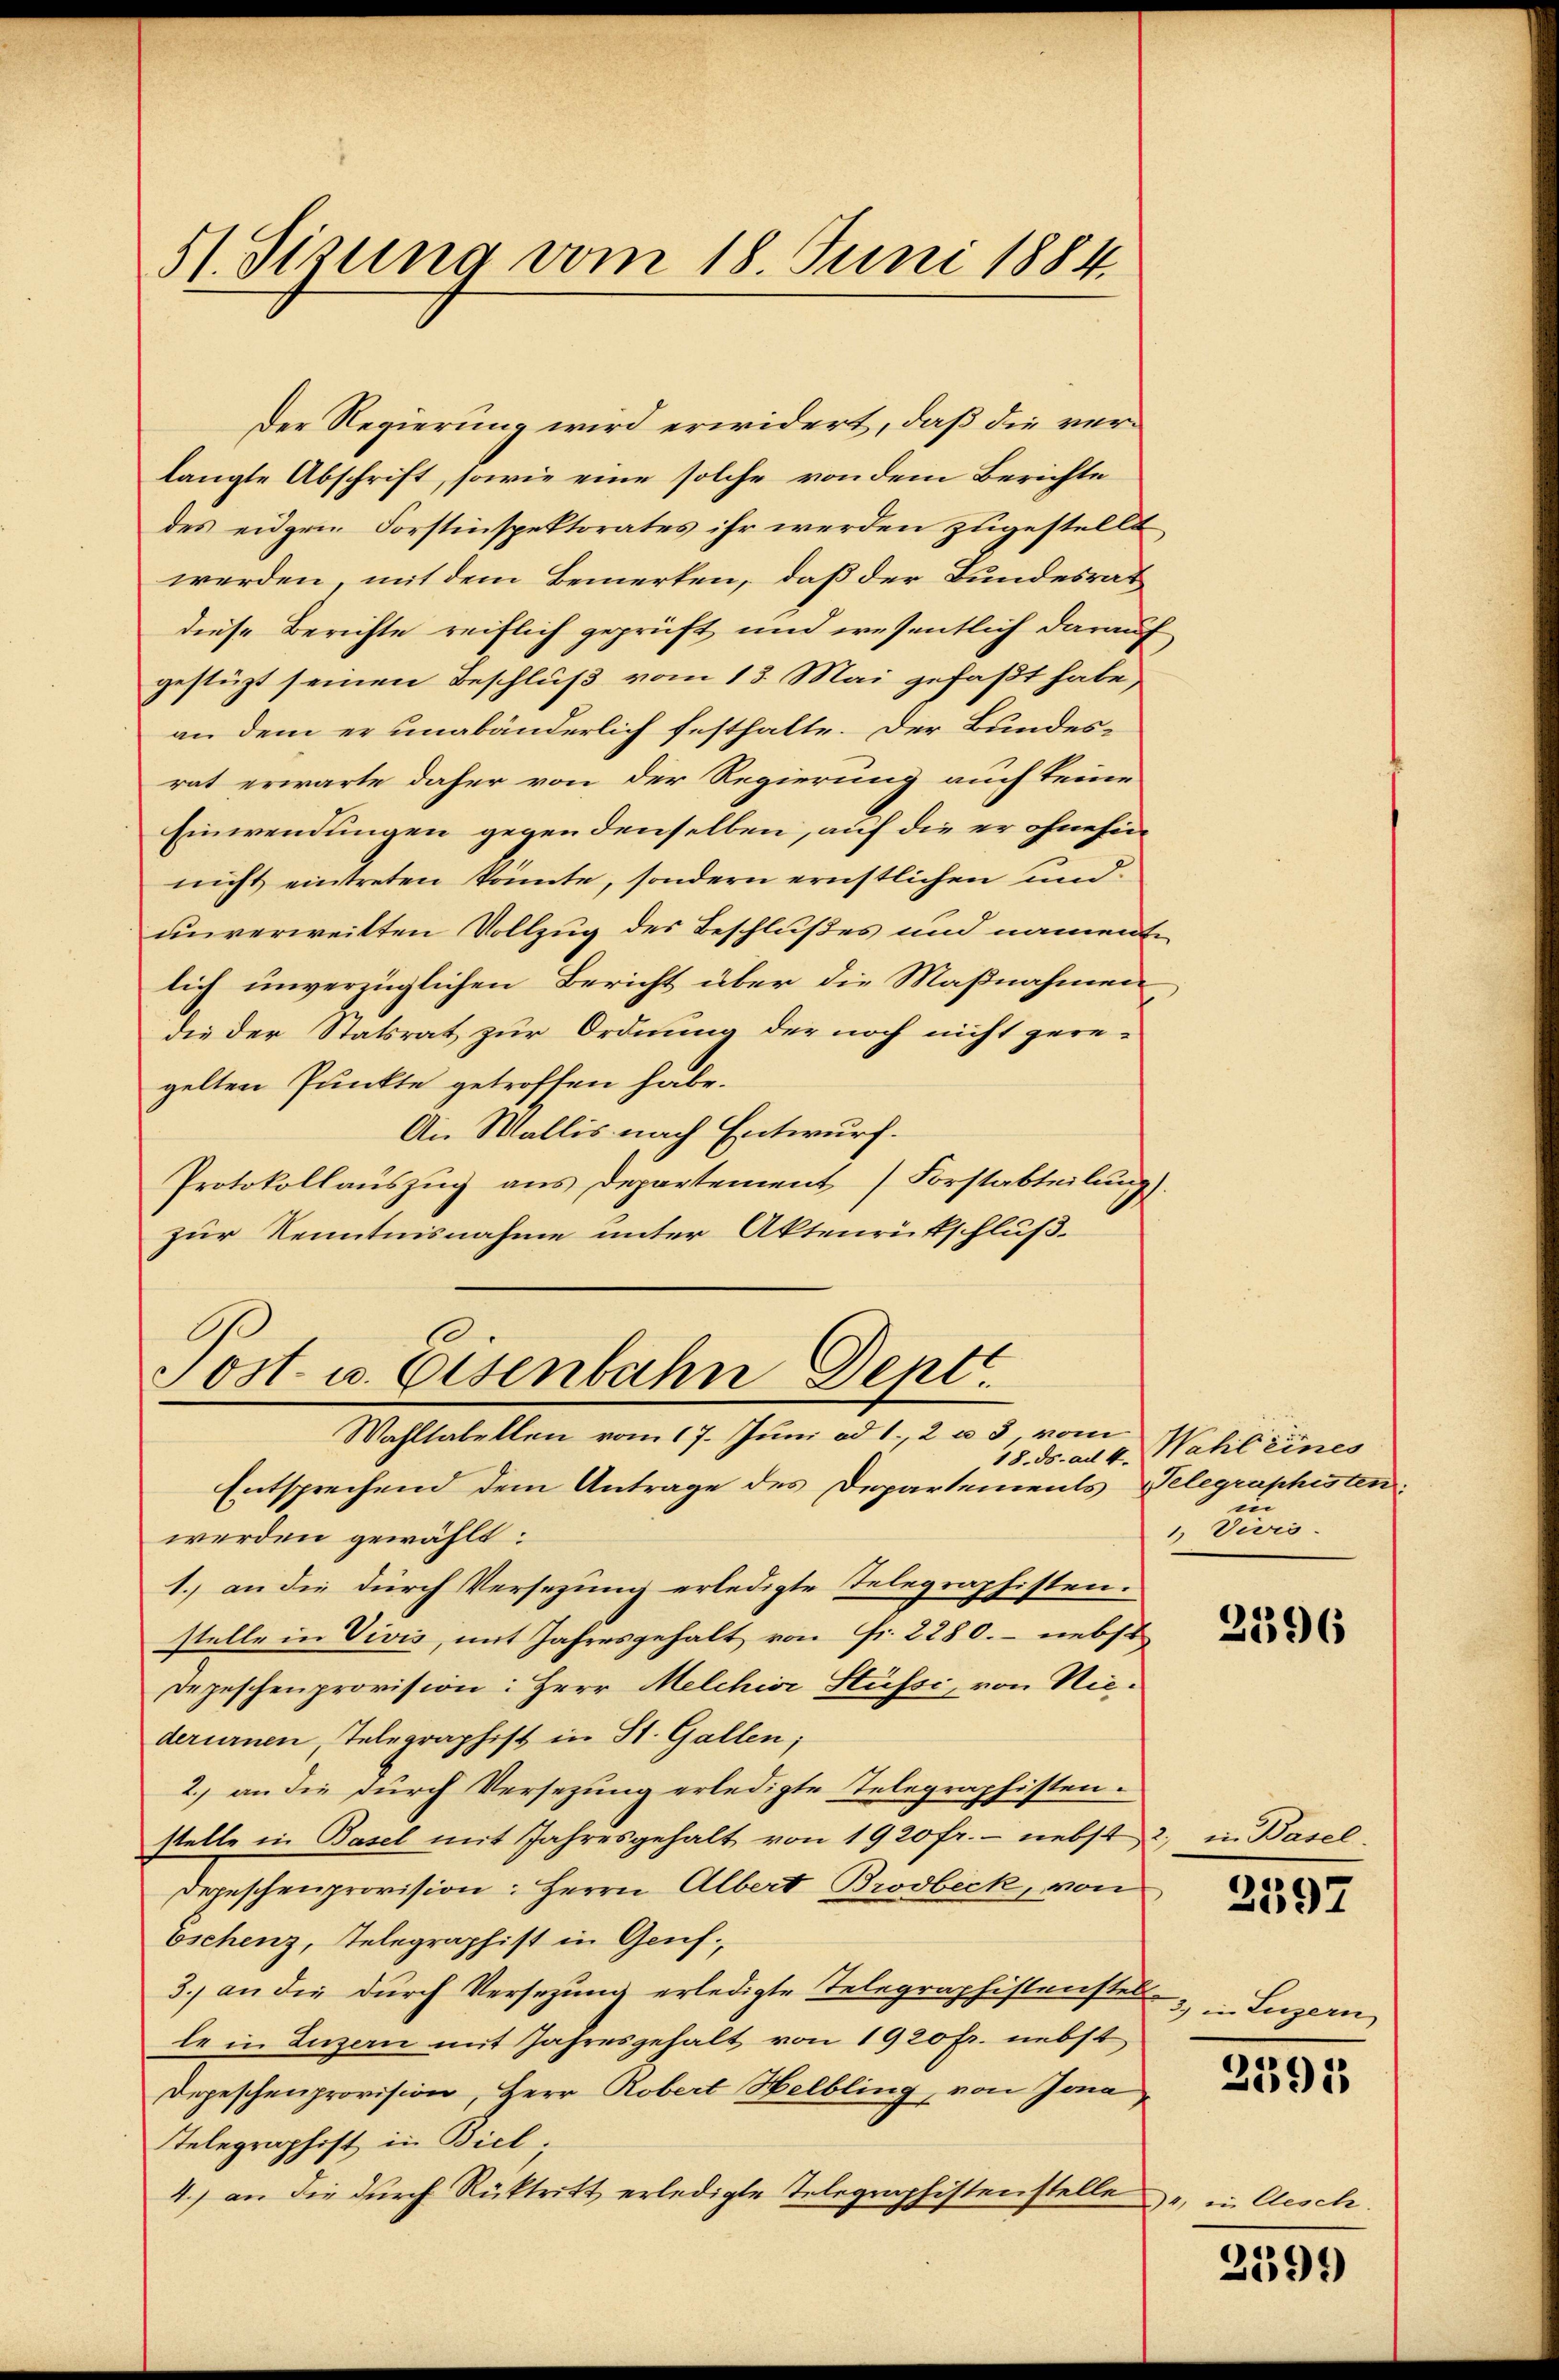
51. Sizung vom 18. Juni 1884.

Der Regierung wird erwidert, daß die verlangte Abschrift, sowie eine solche von dem Berichte
des eidgen Forstinspektorates ihr werden zugestellt
werden, mit dem Bemerken, daß der Bundesrat
diese Berichte reiflich geprüft und wesentlich darauf
gestüzt seinen Beschluß vom 13. Mai gefaßt habe,
an dem er unabänderlich festhalte. Der Bundesrat erwarte daher von der Regierung auch keine
Einwendungen gegen denselben, auf die er ohnehin
nicht eintreten könnte, sondern ernstlichen und
unverweitten Vollzug des Beschlußes und namente
lich unverzüglichen Bericht über die Maßnahmen
die der Statsrat zur Ordnung der noch nicht gere-
gelten Punkte getroffen habe.
An Wallis nach Entwurf.
Protokollauszug aus Departement Forstabteilung).
zur Kenntnisnahme unter Aktenrütschluß
.
Sost- u. Osenbahn Deptt.
Wahltabellen vom 17. Juni ad 1., 2 u 3 vom
18. ds. ad 4. Wahl eines
Entsprechend dem Antrage des Departements Telegraphisten:
werden gewählt:
1.) an die durch Versezung erledigte Telegraphisten.
stelle in Vivis, mit Jahresgehalt von Fr. 2280. - nebst
Depeschenprovision: Herr Melchini Stüfsi, von Niederurnen, Telegraphist in St. Gallen;
2.) an die durch Versezung erledigte Telegraphisten.
stelle in Basel mit Jahresgehalt von 1920 fr. - nebst 2., in Basel
Depeschenprovision: Herrn Albert Brodbeck, von
Eschenz, Telegraphist in Genf.
3., an die durch Versetzung erledigte Telegraphistenstel
le in Luzern mit Jahresgehalt von 1920 fr. nebst
Depeschenprovision, Herr Robert Helbling, von Jona
Telegraphist in Biel,
4.) an die durch Rücktritt erledigte Telegraphistensteller in Gesch.

e
1) Vivis.

2396

2597

3) in Luzern

23915

2599